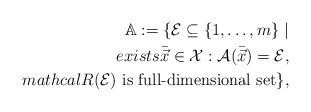
LaTeX: \begin{align*}\mathbb{A}:=\{\mathcal{E} \subseteq \{1,\ldots,m\} \ | \\exists \bar{\vec{x}}\in\mathcal{X}: \mathcal{A}(\bar{\vec{x}})=\mathcal{E}, \\mathcal{R}(\mathcal{E}) \ \textrm{is full-dimensional set} \},\end{align*}